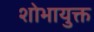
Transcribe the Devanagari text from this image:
शोभायुक्त